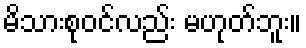
မိသားစုဝင်လည်း မဟုတ်ဘူး။